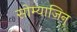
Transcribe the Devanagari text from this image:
सोम्याजिन्